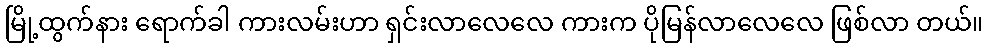
မြို့ထွက်နား ရောက်ခါ ကားလမ်းဟာ ရှင်းလာလေလေ ကားက ပိုမြန်လာလေလေ ဖြစ်လာ တယ်။